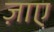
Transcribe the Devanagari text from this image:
ज़ाए